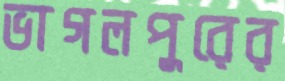
ভাগলপুরের